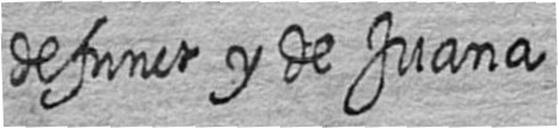
defunct y de Juana